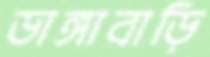
ডাঙ্গাবাড়ি